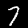
Label: 7